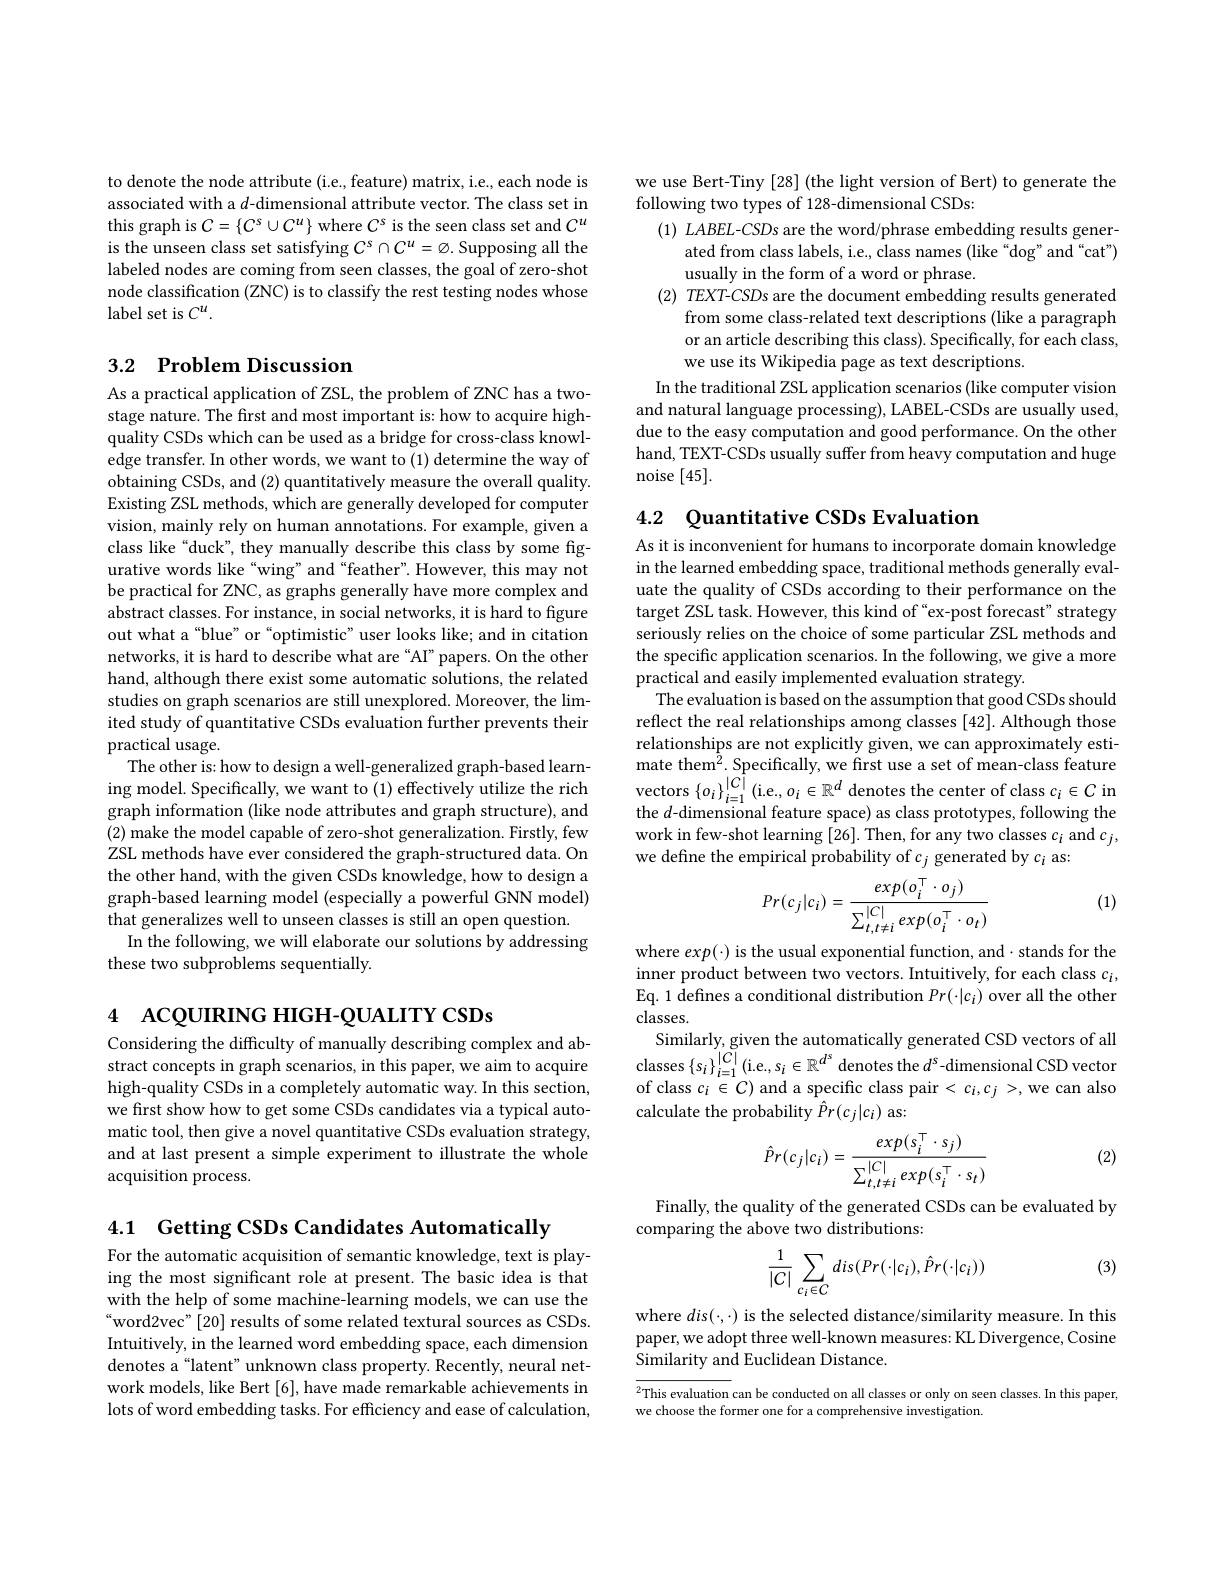
to denote the node attribute (i.e., feature) matrix, i.e., each node is associated with a $d$-dimensional attribute vector. The class set in this graph is $C=\{C^s\cup C^u\}$ where $C^s$ is the seen class set and $C^u$ is the unseen class set satisfying $C^s\cap C^u=\varnothing.$ Supposing all the labeled nodes are coming from seen classes, the goal of zero-shot node classification (ZNC) is to classify the rest testing nodes whose label set is $C^u.$

## 3.2 $\textbf{Problem Discussion}$

As a practical application of ZSL, the problem of ZNC has a twostage nature. The first and most important is: how to acquire highquality CSDs which can be used as a bridge for cross-class knowledge transfer. In other words, we want to (1) determine the way of obtaining CSDs, and (2) quantitatively measure the overall quality. Existing ZSL methods, which are generally developed for computer vision, mainly rely on human annotations. For example, given a class like“duck”, they manually describe this class by some figurative words like“wing”and“feather". However, this may not be practical for ZNC, as graphs generally have more complex and abstract classes. For instance, in social networks, it is hard to figure out what a“blue” or“optimistic”user looks like; and in citation networks, it is hard to describe what are “AI” papers. On the other hand, although there exist some automatic solutions, the related studies on graph scenarios are still unexplored. Moreover, the limited study of quantitative CSDs evaluation further prevents their practical usage.
The other is: how to design a well-generalized graph-based learning model. Specifically, we want to (1) effectively utilize the rich graph information (like node attributes and graph structure), and (2) make the model capable of zero-shot generalization. Firstly, few ZSL methods have ever considered the graph-structured data. On the other hand, with the given CSDs knowledge, how to design a graph-based learning model (especially a powerful GNN model) that generalizes well to unseen classes is still an open question.
In the following, we will elaborate our solutions by addressing
these two subproblems sequentially.

4 ACQUIRING HIGH-QUALITY CSDs

Considering the difficulty of manually describing complex and abstract concepts in graph scenarios, in this paper, we aim to acquire high-quality CSDs in a completely automatic way. In this section, we first show how to get some CSDs candidates via a typical automatic tool, then give a novel quantitative CSDs evaluation strategy, and at last present a simple experiment to illustrate the whole acquisition process.

4.1 Getting CSDs Candidates Automatically

For the automatic acquisition of semantic knowledge, text is playing the most significant role at present. The basic idea is that with the help of some machine-learning models, we can use the “word2vec”[20] results of some related textural sources as CSDs. Intuitively, in the learned word embedding space, each dimension denotes a“latent”unknown class property. Recently, neural network models, like Bert [6], have made remarkable achievements in lots of word embedding tasks. For efficiency and ease of calculation,

we use Bert-Tiny [28] (the light version of Bert) to generate the
following two types of 128-dimensional CSDs:
(1) LABEL-CSDs are the word/phrase embedding results gener-
ated from class labels, i.e., class names (like“dog”and“cat")
usually in the form of a word or phrase.
(2) TEXT-CSDs are the document embedding results generated
from some class-related text descriptions (like a paragraph or an article describing this class). Specifically, for each class, we use its Wikipedia page as text descriptions.
In the traditional ZSL application scenarios (like computer vision and natural language processing), LABEL-CSDs are usually used, due to the easy computation and good performance. On the other hand, TEXT-CSDs usually suffer from heavy computation and huge noise [45].

## 4.2 Quantitative CSDs Evaluation

As it is inconvenient for humans to incorporate domain knowledge in the learned embedding space, traditional methods generally evaluate the quality of CSDs according to their performance on the target ZSL task. However, this kind of "ex-post forecast" strategy seriously relies on the choice of some particular ZSL methods and the specific application scenarios. In the following, we give a more practical and easily implemented evaluation strategy.
The evaluation is based on the assumption that good CSDs should reflect the real relationships among classes [42]. Although those relationships are not explicitly given, we can approximately estimate them$^2.$ Specifically, we frst use a set of mean-class feature $\begin{array}{l}{\mathrm{vectors~}\{o_{i}\}_{i=1}^{|C|}(\mathrm{i.e},o_{i}\in\mathbb{R}^{d}\text{ denotes the center of class}c_{i}\in C\text{ in}}\\{\mathrm{the~}d\text{-dimensional feature space) as class prototypes, following the}}\end{array}$ work in few-shot learning [26]. Then, for any two classes $c_i$ and $c_j$, we define the empirical probability of $c_j$ generated by $c_i$ as:

(1)
$$Pr(c_j|c_i)=\frac{exp(o_i^\top\cdot o_j)}{\sum_{t,t\neq i}^{|C|}exp(o_i^\top\cdot o_t)}$$
where $exp(\cdot)$ is the usual exponential function, and$\cdot$ stands for the inner product between two vectors. Intuitively, for each class $c_i$, Eq. 1 defines a conditional distribution $Pr(\cdot|c_i)$ over all the other classes.
Similarly, given the automatically generated CSD vectors of all classes $\{s_i\}_{i=1}^{|C|}($i.e.,$s_i\in\mathbb{R}^d^s$ denotes the $d^s$-dimensional CSD vector of class $c_i\in C)$ and a specific class pair < $c_i,c_j>$,we can also calculate the probability $\hat{P}r(c_j|c_i)$ as:

(2)
$$\hat{P}r(c_j|c_i)=\frac{exp(s_i^\top\cdot s_j)}{\sum_{t,t\neq i}^{|C|}exp(s_i^\top\cdot s_t)}$$
Finally, the quality of the generated CSDs can be evaluated by
comparing the above two distributions:

(3)
$$\begin{aligned}\frac{1}{|C|}\sum_{c_i\in C}dis(Pr(\cdot|c_i),\hat{P}r(\cdot|c_i))\end{aligned}$$
where $dis(\cdot,\cdot)$ is the selected distance/similarity measure. In this paper, we adopt three well-known measures: KL Divergence, Cosine Similarity and Euclidean Distance

$^2$This evaluation can be conducted on all classes or only on seen classes. In this paper,
we choose the former one for a comprehensive investigation.